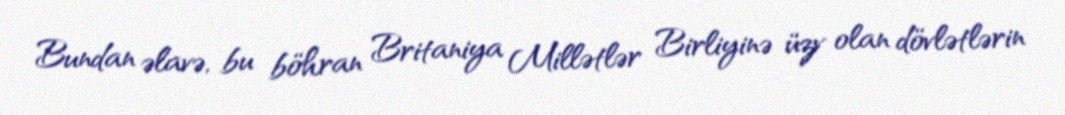
Bundan əlavə, bu böhran Britaniya Millətlər Birliyinə üzv olan dövlətlərin